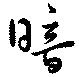
暗